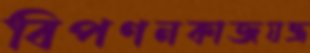
বিপণনকাজযন্ত্র